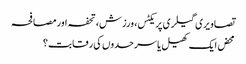
تصاویری گیلری پریکٹس، ورزش، تحفہ اور مصافحہ
محض ایک کھیل یا سرحدوں کی رقابت؟